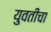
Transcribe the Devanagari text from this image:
युवतींचा